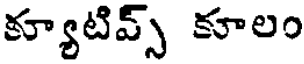
క్యూటివ్స్ కూలం